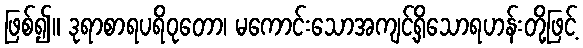
ဖြစ်၍။ ဒုရာစာရပရိဝုတော၊ မကောင်းသောအကျင့်ရှိသောရဟန်းတို့ဖြင့်